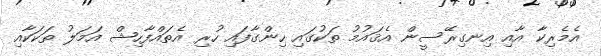
އެމެރިކާ އާާއި އިނގިރޭސީން އެޤައުމު ތަކުގައި ހިންގާފައި ހުރި އެތައްފާހިޝް އަމަލު ތަކަކާއި